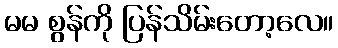
မမ စွန်ကို ပြန်သိမ်းတော့လေ။